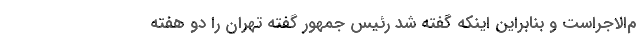
م‌الاجراست و بنابراین اینکه گفته شد رئیس جمهور گفته تهران را دو هفته